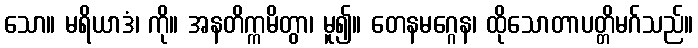
သော။ မရိယာဒံ၊ ကို။ အနတိက္ကမိတွာ၊ မူ၍။ တေနမဂ္ဂေန၊ ထိုသောတာပတ္တိမဂ်သည်။